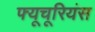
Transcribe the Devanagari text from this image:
फ्यूचूरियंस